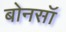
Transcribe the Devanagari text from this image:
बोनसॉ